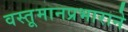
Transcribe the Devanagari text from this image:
वस्तूमानप्रभाराने